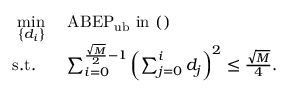
\begin{array} { r l } { \underset { \left\{ d _ { i } \right\} } { \operatorname* { m i n } } } & { \ \mathrm { A B E P } _ { \mathrm { u b } } \mathrm { ~ i n ~ ( ) } } \\ { \mathrm { s . t . } \; \; } & { \ \sum _ { i = 0 } ^ { \frac { \sqrt { M } } { 2 } - 1 } \left( \sum _ { j = 0 } ^ { i } d _ { j } \right) ^ { 2 } \leq \frac { \sqrt { M } } { 4 } . } \end{array}